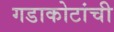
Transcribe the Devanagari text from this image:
गडाकोटांची